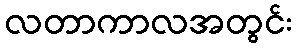
လတာကာလအတွင်း